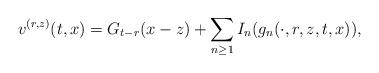
LaTeX: \begin{align*}v^{(r,z)}(t,x) = G_{t-r}(x-z) + \sum_{n\geq 1}I_n(g_n(\cdot,r,z,t,x)),\end{align*}